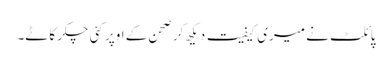
پائلٹ نے میری کیفیت دیکھ کر صحن کے اوپر کئی چکر کاٹے۔